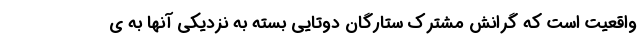
واقعیت است که گرانش مشترک ستارگان دوتایی بسته به نزدیکی آنها به ی